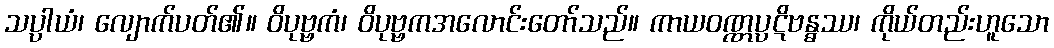
သပ္ပာယံ၊ လျောက်ပတ်၏။ ဝိပုဗ္ဗကံ၊ ဝိပုဗ္ဗကအလောင်းတော်သည်။ ကာယဝဏ္ဏပ္ပဋိဗန္ဓဿ၊ ကိုယ်တည်းဟူသော